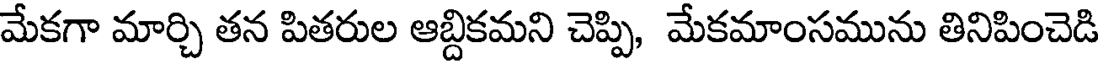
మేకగా మార్చి తన పితరుల ఆబ్దికమని చెప్పి, మేకమాంసమును తినిపించెడి